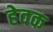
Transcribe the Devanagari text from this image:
हेवक